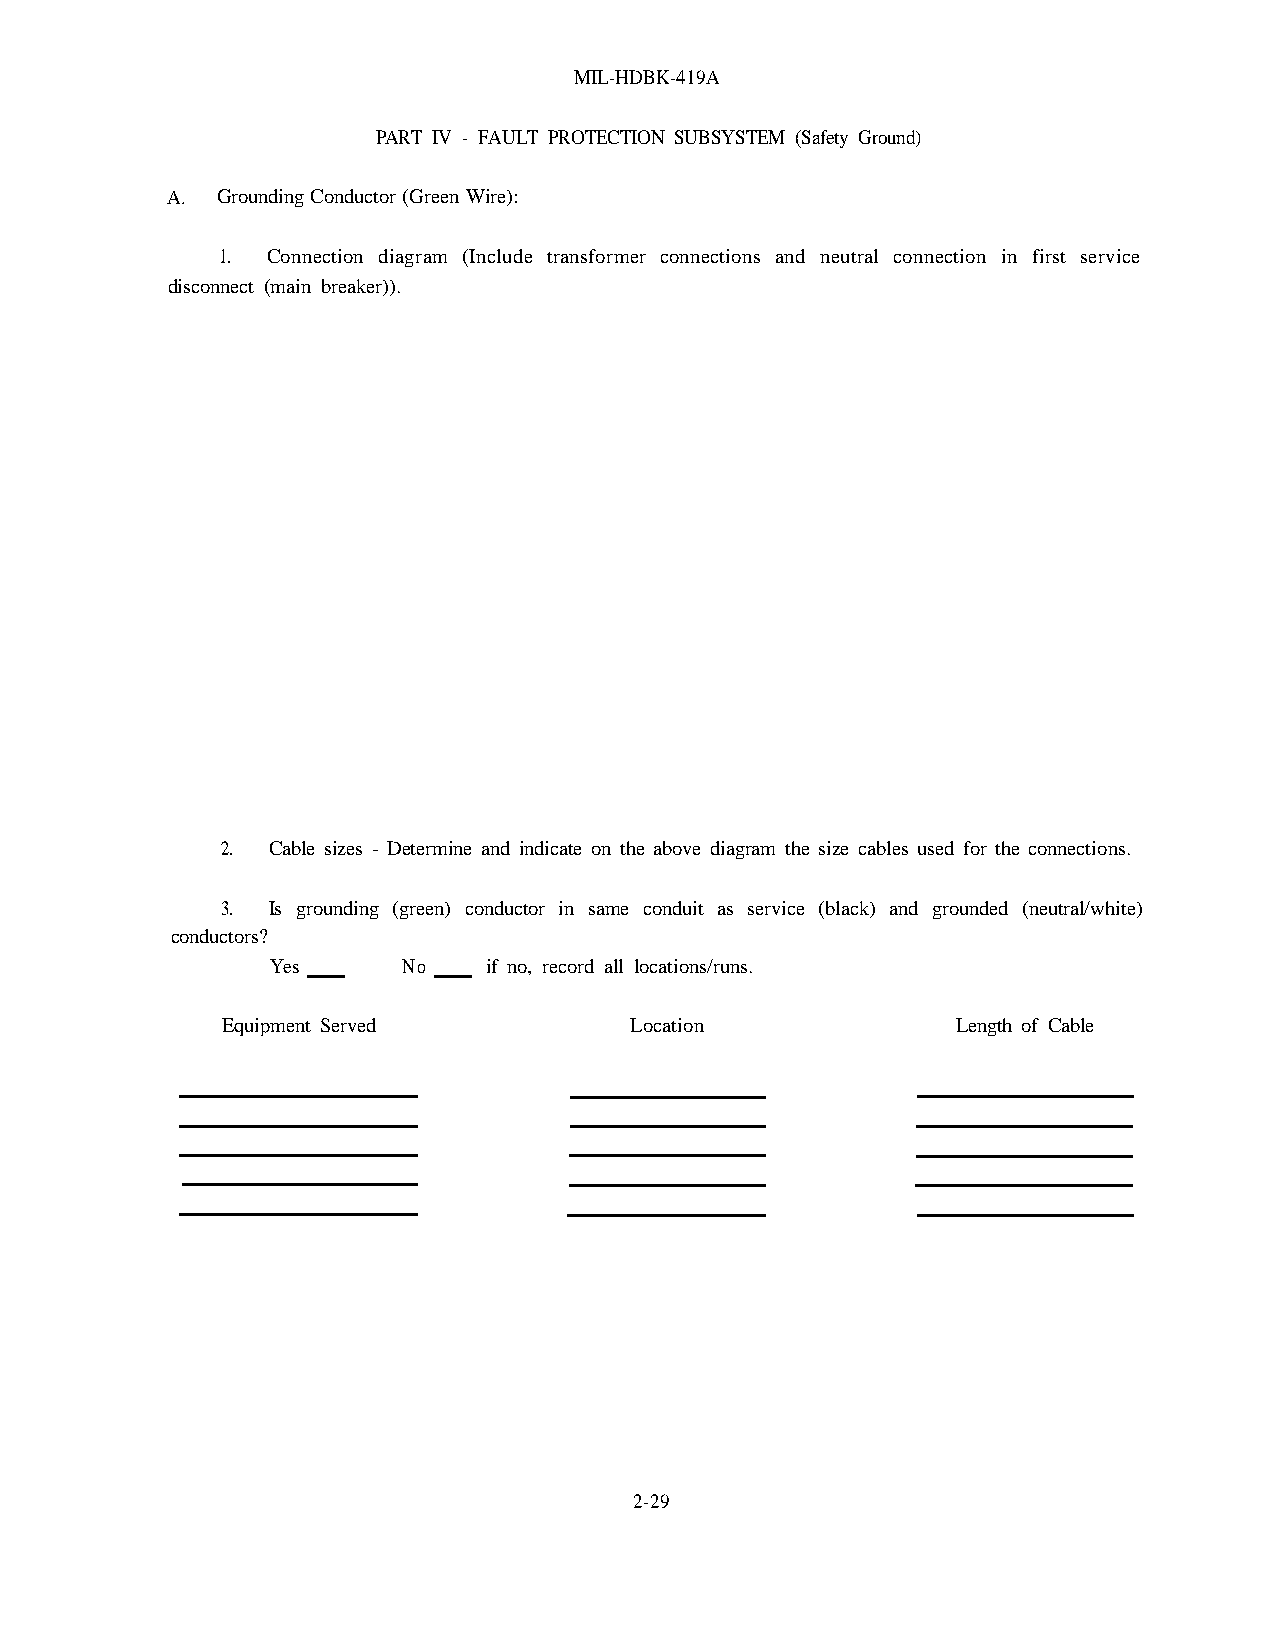
MIL-HDBK-419A
 PART IV - FAULT PROTECTION SUBSYSTEM (Safety Ground)
 A. Grounding Conductor (Green Wire):
 1.  Connection diagram (Include transformer connections and neutral connection in first service
 disconnect (main breaker)).
 2. Cable sizes - Determine and indicate on the above diagram the size cables used for the connections.
 3. Is grounding (green) conductor in same conduit as service (black) and grounded (neutral/white)
 conductors?
 Yes      No   if no, record all locations/runs.
 Equipment Served           Location             Length of Cable
 2-29